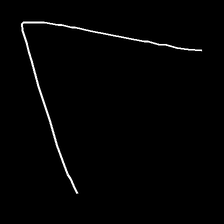
Glyph: region